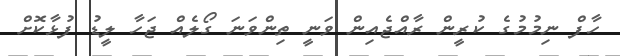
ހާފް ނިމުމުގެ ކުރީން ރާއްޖެއިން ވަނީ ތިންވަނަ ގޯލެއް ޖަހާ ލީޑު ފުޅާކޮށް